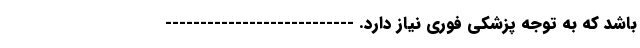
باشد که به توجه پزشکی فوری نیاز دارد. ---------------------------